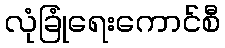
လုံခြုံရေးကောင်စီ